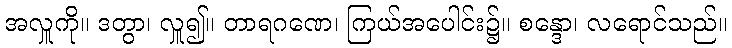
အလှူကို။ ဒတွာ၊ လှူ၍။ တာရဂဏေ၊ ကြယ်အပေါင်း၌။ စန္ဒော၊ လရောင်သည်။